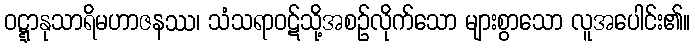
ဝဋ္ဋာနုသာရိမဟာဇနဿ၊ သံသရာဝဋ်သို့အစဉ်လိုက်သော များစွာသော လူအပေါင်း၏။